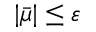
| \bar { \mu } | \le \varepsilon